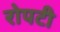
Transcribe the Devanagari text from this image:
रोपटी